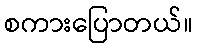
စကားပြောတယ်။